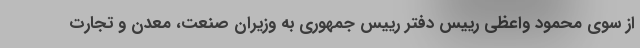
از سوی محمود واعظی رییس دفتر رییس جمهوری به وزیران صنعت، معدن و تجارت